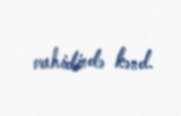
vahidində kənd.